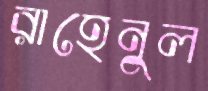
রাহেনুল